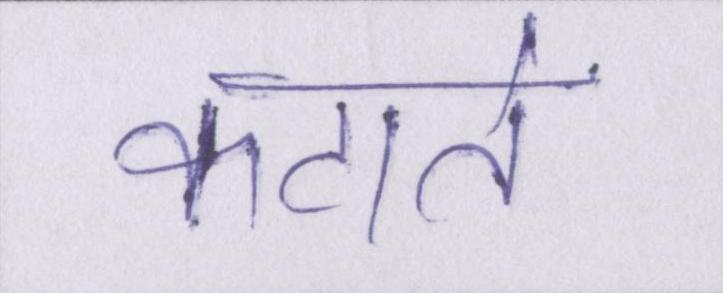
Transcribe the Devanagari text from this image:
कटाते